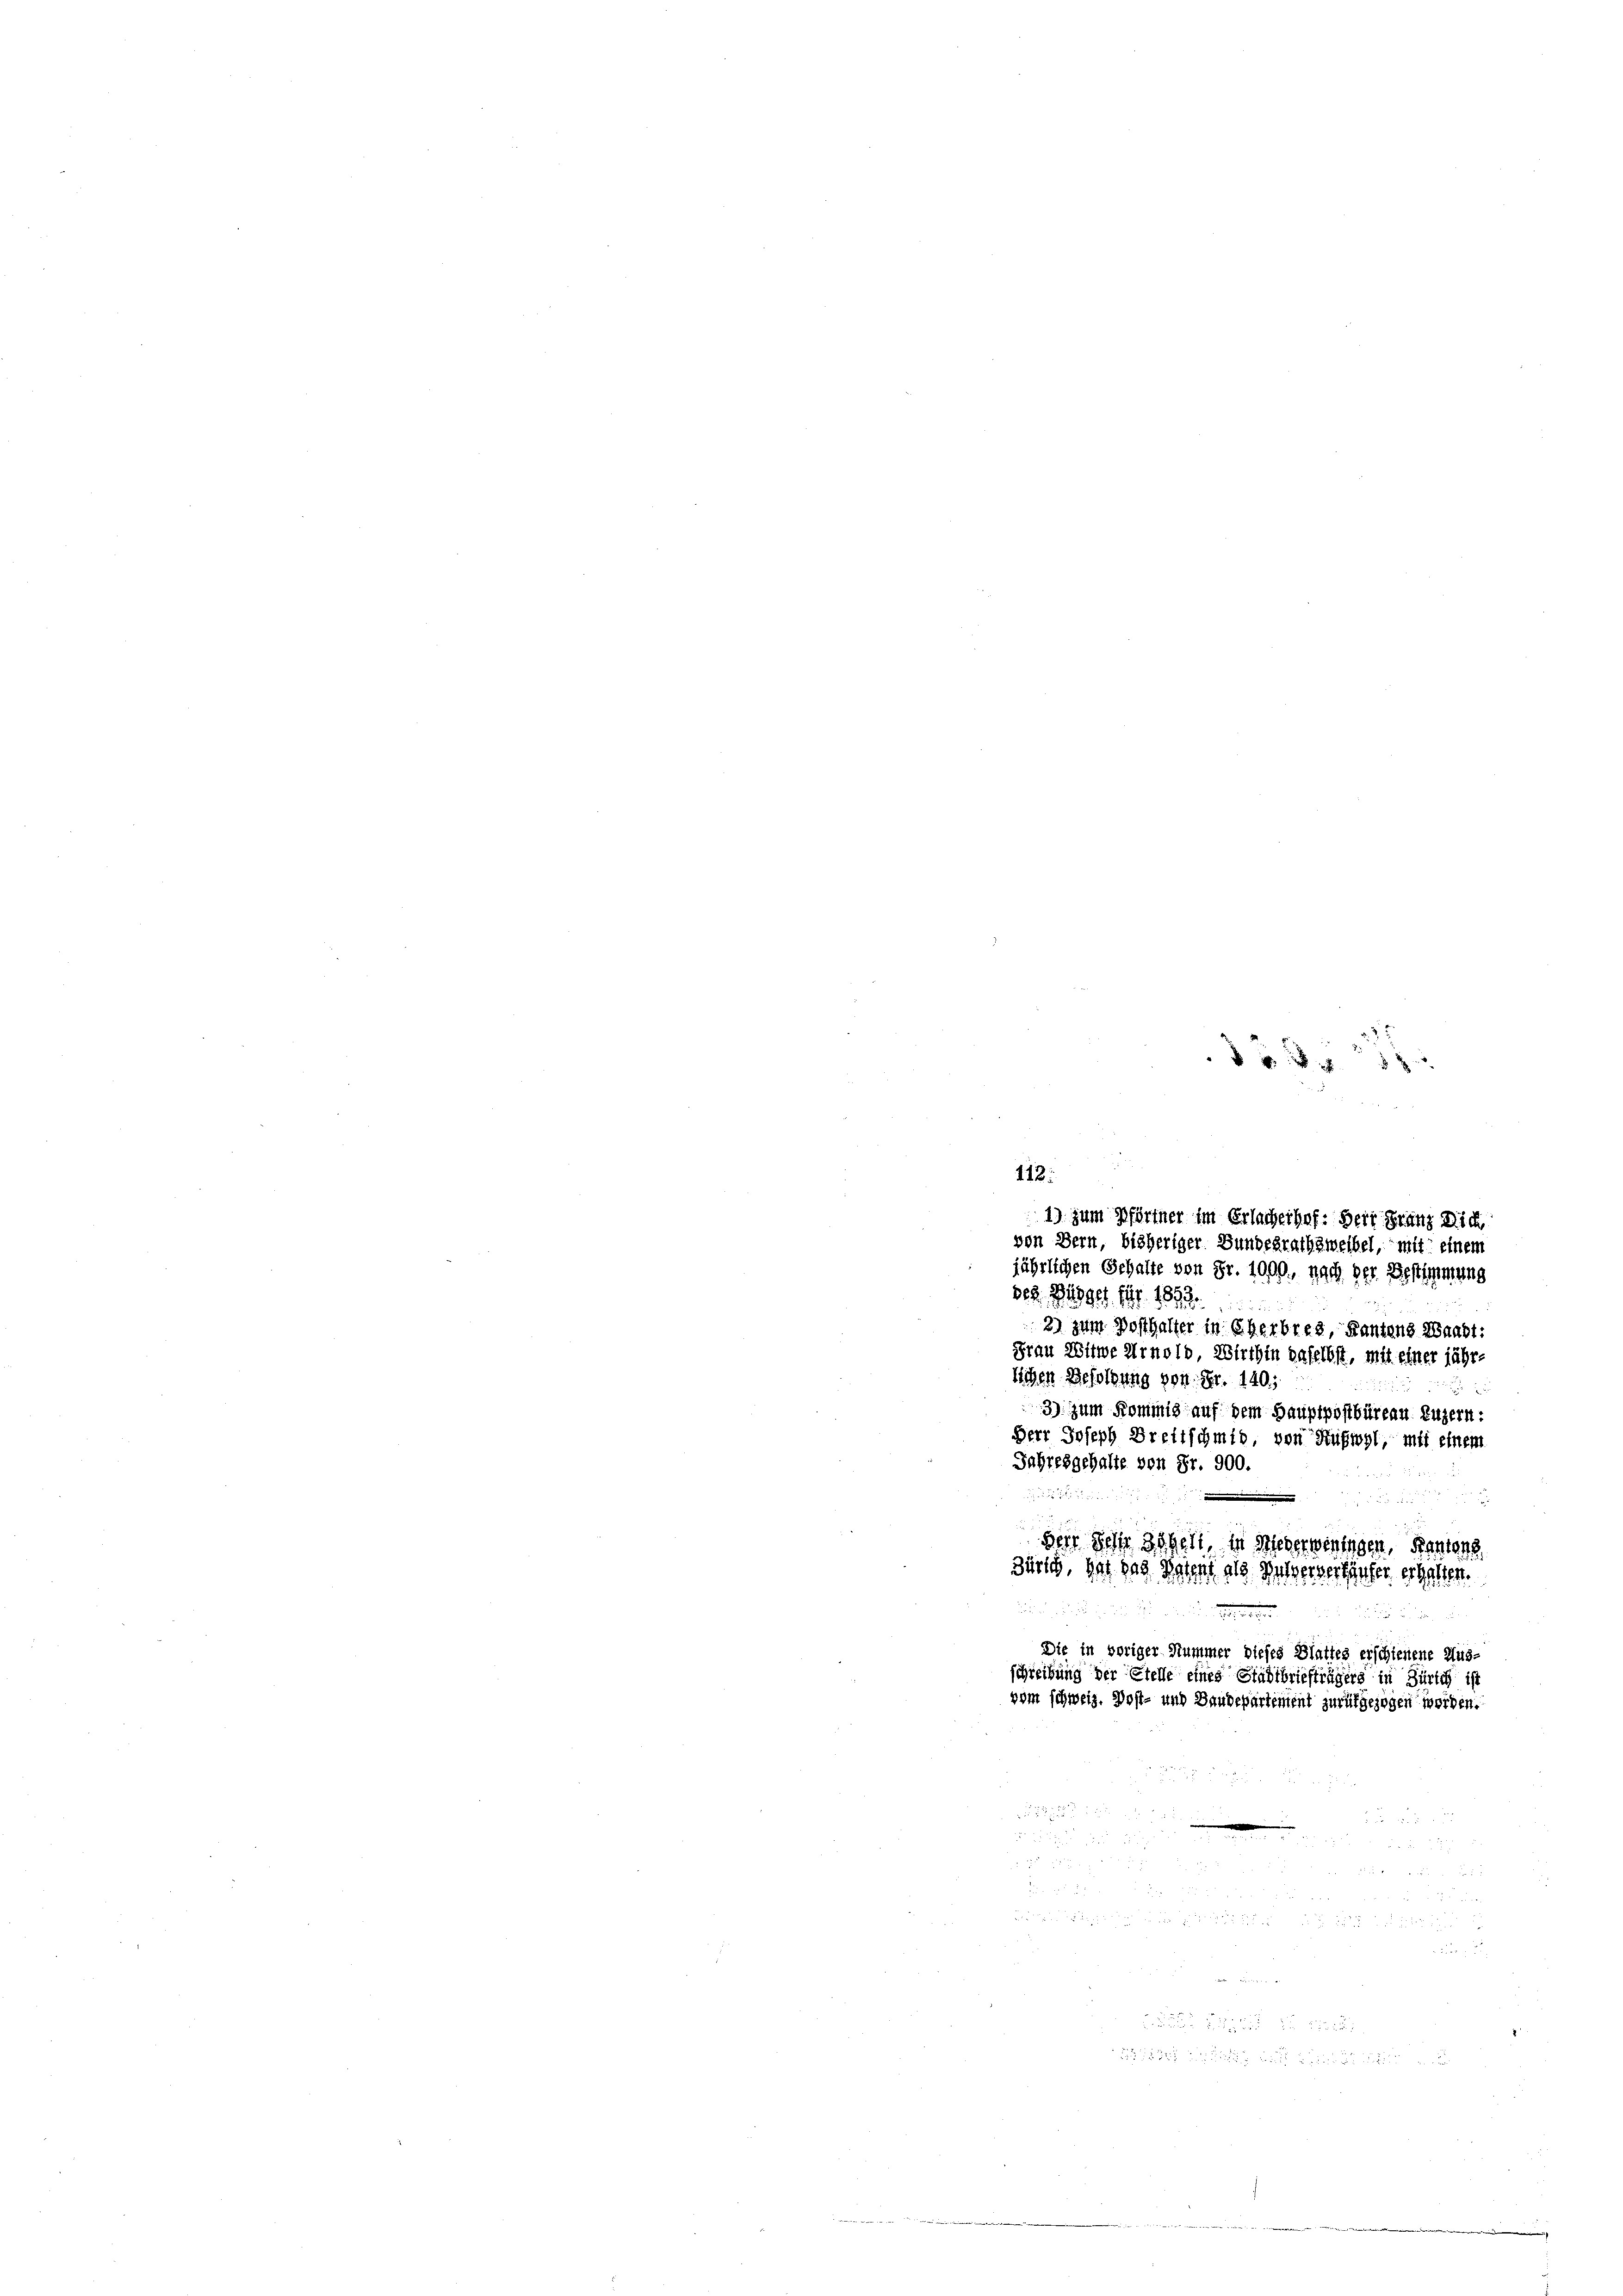
38
1) zum Pförtner im Erlacherhof. Herr Franz Dich,
von Bern, bisheriger Bundesrath zweibel, mit einem
jährlichen Gehalte von Fr. 1000, nach der Bestimmung
ses Büdget fahr 1892
2) zum Posthalter in Eherbres, Kantons Waadt:
Frau Witwe Arnold, Wirthin daselbst, mit einer jährlichen Besoldung von Fr. 140;
3) zum Kommig auf dem Hauptpostbüreau Luzern:
Herr Joseph Breitschmid, von Ruswyl, mit einem
Jahresgehalte von Fr. 900

.
ge
Herr Hohe Beheit, in dieser weningen, Kantons
Zürich, hat das Petent als Mulserverkäufer erhalten.
un, und er die die die die in der
Die in voriger Hummer dieses Blattes erschienene Aus-
schreibung der Stelle eines Stadtbriefträgers in Zürich ist
vom schweiz. Post- und Baudepartement zurükgezogen werden.

112.

.
 u
1

r